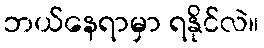
ဘယ်နေရာမှာ ရနိုင်လဲ။